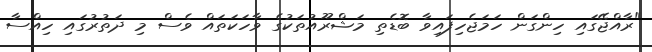
"ރާއްޖޭގައި ހިންގަން ހަމަޖެހިފައިވާ ބޮޑެތި މަޝްރޫއުތަކުގެ ވާހަކަތައް ވެސް މި ދަތުރުގައި ހިއްސާ